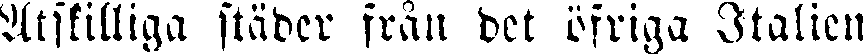
Åtskilliga städer från det öfriga Italien